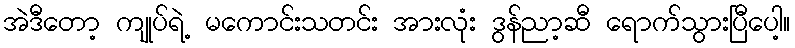
အဲဒီတော့ ကျုပ်ရဲ့ မကောင်းသတင်း အားလုံး ဒွန်ညာ့ဆီ ရောက်သွားပြီပေါ့။